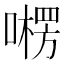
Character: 㘄